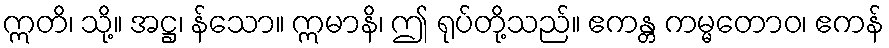
ဣတိ၊ သို့။ အဋ္ဌ၊ န်သော။ ဣမာနိ၊ ဤ ရုပ်တို့သည်။ ဧကန္တ ကမ္မတောဝ၊ ဧကန်